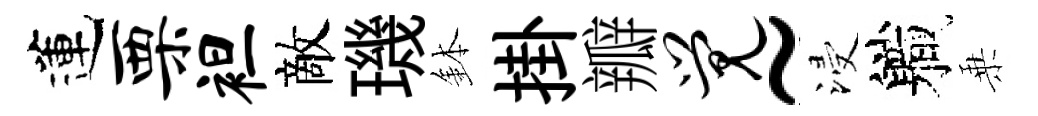
蓮栗袒敵璣鉢掛瓣觉~浸軄乗